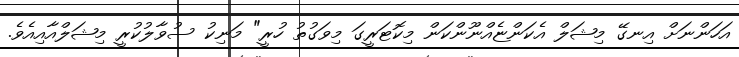
އަހަންނަށް އިނގޭ މިޝަލް އެކަންޏެއްނޫންކަން މިކޮޓަރީގަ މިވަގުތު ހުރީ" މަނިކު ސުވާލުކުރީ މިޝަލްއާއިއެވެ.